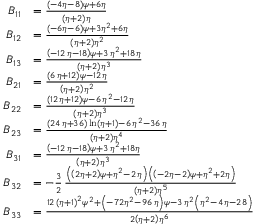
\begin{array} { r l } { B _ { 1 1 } } & { = { \frac { \left( - 4 \eta - 8 \right) \psi + 6 \eta } { \left( \eta + 2 \right) \eta } } } \\ { B _ { 1 2 } } & { = { \frac { \left( - 6 \eta - 6 \right) \psi + 3 \eta ^ { 2 } + 6 \eta } { \left( \eta + 2 \right) { \eta } ^ { 2 } } } } \\ { B _ { 1 3 } } & { = { \frac { \left( - 1 2 \, \eta - 1 8 \right) \psi + 3 \, { \eta } ^ { 2 } + 1 8 \, \eta } { \left( \eta + 2 \right) { \eta } ^ { 3 } } } } \\ { B _ { 2 1 } } & { = { \frac { \left( 6 \, \eta + 1 2 \right) \psi - 1 2 \, \eta } { \left( \eta + 2 \right) { \eta } ^ { 2 } } } } \\ { B _ { 2 2 } } & { = { \frac { \left( 1 2 \, \eta + 1 2 \right) \psi - 6 \, { \eta } ^ { 2 } - 1 2 \, \eta } { \left( \eta + 2 \right) { \eta } ^ { 3 } } } } \\ { B _ { 2 3 } } & { = { \frac { \left( 2 4 \, \eta + 3 6 \right) \ln \left( \eta + 1 \right) - 6 \, { \eta } ^ { 2 } - 3 6 \, \eta } { \left( \eta + 2 \right) { \eta } ^ { 4 } } } } \\ { B _ { 3 1 } } & { = { \frac { \left( - 1 2 \, \eta - 1 8 \right) \psi + 3 \, { \eta } ^ { 2 } + 1 8 \eta } { \left( \eta + 2 \right) { \eta } ^ { 3 } } } } \\ { B _ { 3 2 } } & { = - \frac 3 2 \, { \frac { \left( \left( 2 \eta + 2 \right) \psi + { \eta } ^ { 2 } - 2 \, \eta \right) \left( \left( - 2 \eta - 2 \right) \psi + { \eta } ^ { 2 } + 2 \eta \right) } { \left( \eta + 2 \right) { \eta } ^ { 5 } } } } \\ { B _ { 3 3 } } & { = { \frac { 1 2 \, \left( \eta + 1 \right) ^ { 2 } \psi ^ { 2 } + \left( - 7 2 { \eta } ^ { 2 } - 9 6 \, \eta \right) \psi - 3 \, { \eta } ^ { 2 } \left( { \eta } ^ { 2 } - 4 \, \eta - 2 8 \right) } { 2 \left( \eta + 2 \right) { \eta } ^ { 6 } } } } \end{array}